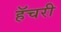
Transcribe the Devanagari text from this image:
हॅचरी